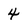
Character: 4